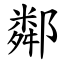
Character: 鄰